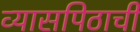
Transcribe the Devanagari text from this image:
व्यासपिठाची